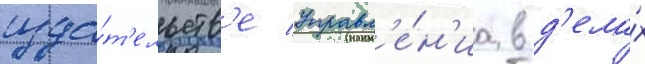
изда́т'ельств'е управл'е́н'иа в д'ела́х